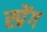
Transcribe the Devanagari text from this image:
स्प्रेंग